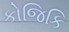
કોજિકિ